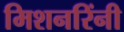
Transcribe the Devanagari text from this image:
मिशनरिंनी